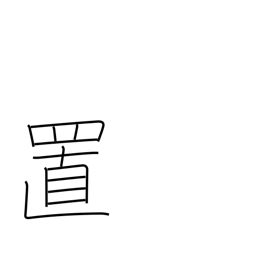
Meaning: placement